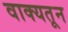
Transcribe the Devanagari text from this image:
वाक्यतून